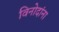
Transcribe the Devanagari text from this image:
विनोदांना